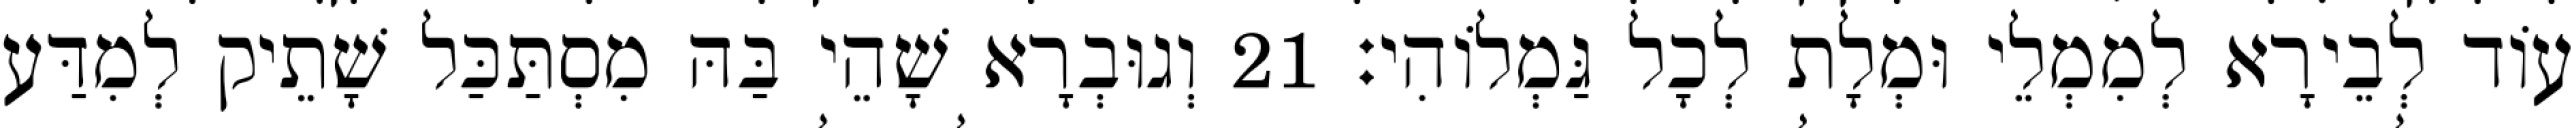
עוֹד לְבֵירָא לְמִמְלֵי וּמְלָת לְכָל גַּמְלוֹהִי׃ 21 וְגוּבְרָא שָׁהֵי בַּהּ מִסְתַּכַּל שָׁתֵיק לְמִדַּע